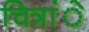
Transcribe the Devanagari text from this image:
चित्रांे